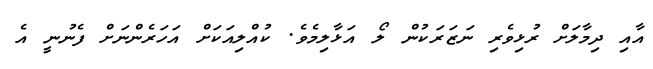
އާއި ދިމާލަށް ރުޅިވެރި ނަޒަރަކުން ލޯ އަޅާލިމެެވެ. ކުއްލިއަކަށް އަހަރެންނަށް ފެނުނީ އެ